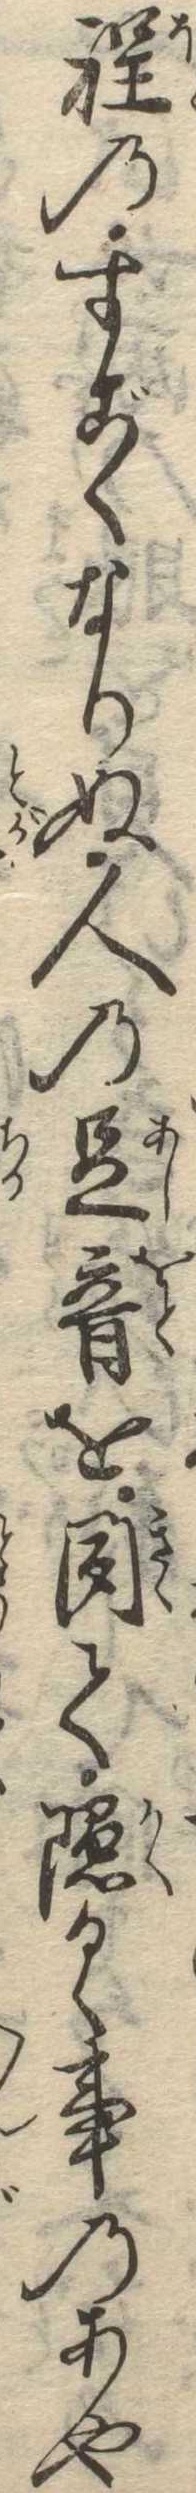
程のすごくなりぬ人の足音を聞て隠るゝ事のあや